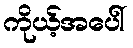
ကိုယ့်အပေါ်